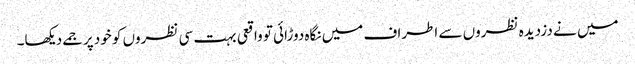
میں نے دزدیدہ نظروں سے اطراف میں نگاہ دوڑائی تو واقعی بہت سی نظروں کو خود پر جمے دیکھا۔